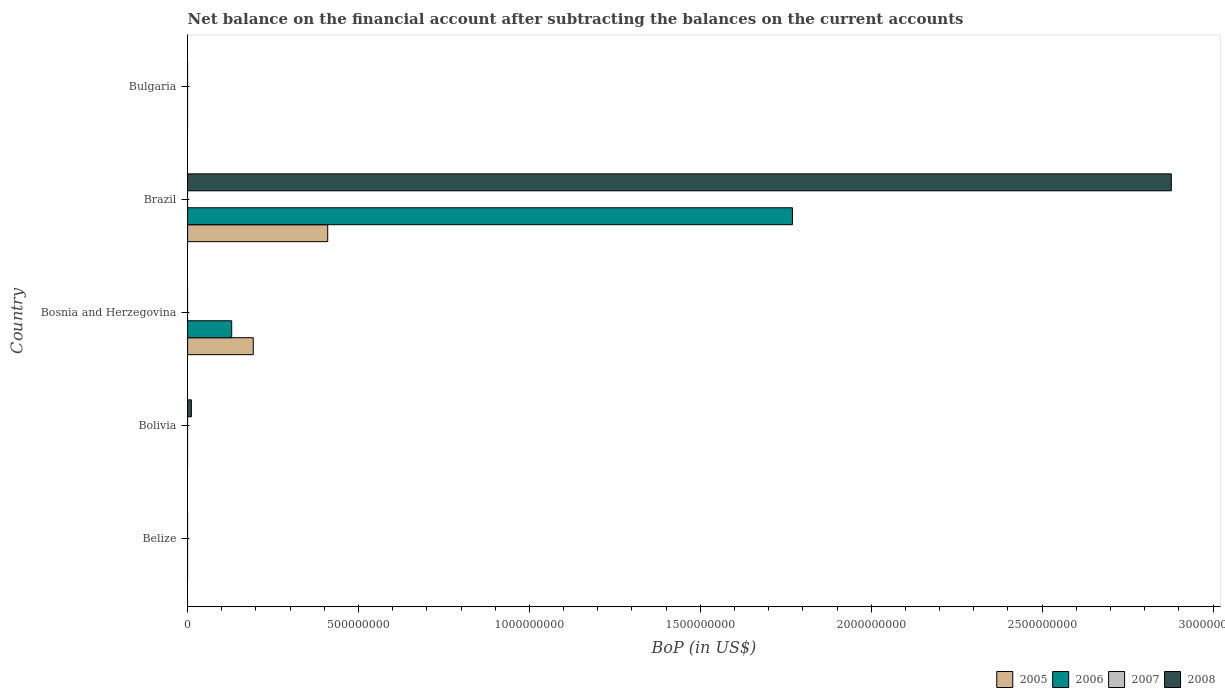
| Country | 2005 | 2006 | 2007 | 2008 |
 | --- | --- | --- | --- | --- |
 | Belize | -7.89e+06 | -7.46e+06 | -3.82e+07 | -1.14e+07 |
 | Bolivia | -3.63e+08 | -9.61e+07 | -1.03e+08 | 1.1e+07 |
 | Bosnia and Herzegovina | 1.92e+08 | 1.29e+08 | -6.74e+07 | -1.31e+08 |
 | Brazil | 4.1e+08 | 1.77e+09 | -2.41e+09 | 2.88e+09 |
 | Bulgaria | -1.22e+09 | -9.86e+08 | -3.05e+09 | -4.23e+09 |